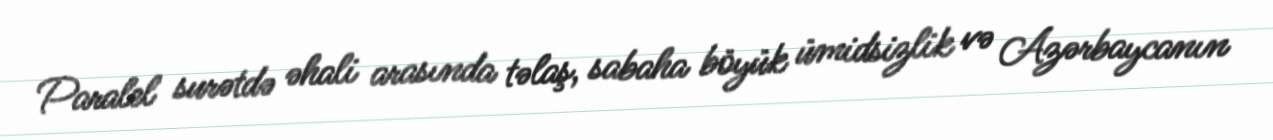
Paralel surətdə əhali arasında təlaş, sabaha böyük ümidsizlik və Azərbaycanın